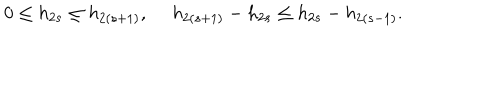
LaTeX: 0 \leq h _ { 2 s } \leq h _ { 2 ( s + 1 ) } , ~ ~ h _ { 2 ( s + 1 ) } - h _ { 2 s } \leq h _ { 2 s } - h _ { 2 ( s - 1 ) } .